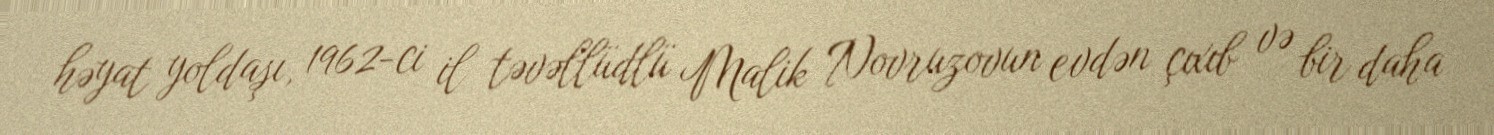
həyat yoldaşı, 1962-ci il təvəllüdlü Malik Novruzovun evdən çıxıb və bir daha